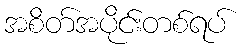
အစိတ်အပိုင်းတစ်ရပ်